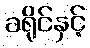
ခရိုင်နှင့်